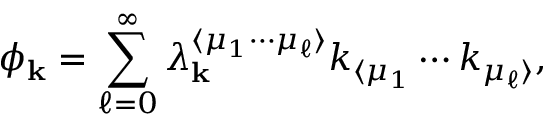
\phi _ { \mathbf { k } } = \sum _ { \ell = 0 } ^ { \infty } \lambda _ { \mathbf { k } } ^ { \langle \mu _ { 1 } \cdots \mu _ { \ell } \rangle } k _ { \langle \mu _ { 1 } } \cdots k _ { \mu _ { \ell } \rangle } ,